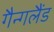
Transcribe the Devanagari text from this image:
गैन्गलैंड